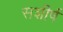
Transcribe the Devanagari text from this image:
सशीर्ष